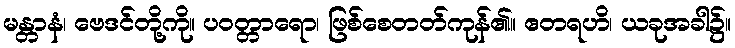
မန္တာနံ၊ ဗေဒင်တို့ကို။ ပဝတ္တာရော၊ ဖြစ်စေတတ်ကုန်၏။ ဧတရဟိ၊ ယခုအခါ၌။